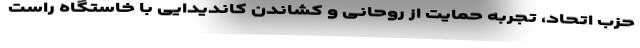
حزب اتحاد، تجربه حمایت از روحانی و کشاندن کاندیدایی با خاستگاه راست